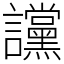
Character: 讜